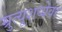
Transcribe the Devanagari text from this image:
म्रुत्यूशय्येवर